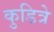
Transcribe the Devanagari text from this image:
कुडित्रे